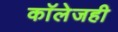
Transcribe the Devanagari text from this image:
काॅलेजही